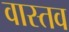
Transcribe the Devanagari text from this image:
वास्तव